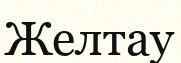
Желтау